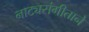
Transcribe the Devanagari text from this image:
नाट्यसंगीताने